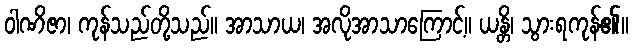
ဝါဏိဇာ၊ ကုန်သည်တို့သည်။ အာသာယ၊ အလိုအာသာကြောင့်။ ယန္တိ၊ သွားရကုန်၏။